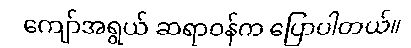
ကျော်အရွယ် ဆရာဝန်က ပြောပါတယ်။